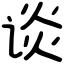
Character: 谈